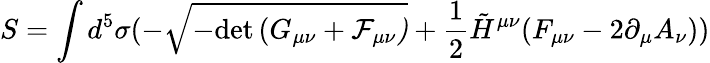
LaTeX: S=\int d^{5}\sigma(-\sqrt{-\mathrm{det}\, (G_{\mu\nu}+\cal F_{\mu\nu})}+\frac{1}{2}\tilde{H}^{\mu\nu}(F_{\mu\nu}-2\partial_{\mu}A_{\nu}))